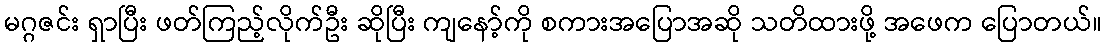
မဂ္ဂဇင်း ရှာပြီး ဖတ်ကြည့်လိုက်ဦး ဆိုပြီး ကျနော့်ကို စကားအပြောအဆို သတိထားဖို့ အဖေက ပြောတယ်။